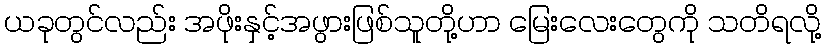
ယခုတွင်လည်း အဖိုးနှင့်အဖွားဖြစ်သူတို့ဟာ မြေးလေးတွေကို သတိရလို့